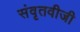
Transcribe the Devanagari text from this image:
संवृतवीजी